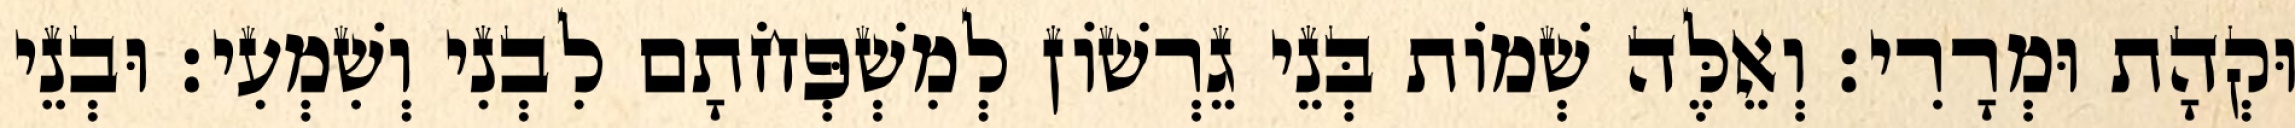
וּקְהָת וּמְרָרִי׃ וְאֵלֶּה שְׁמוֹת בְּנֵי גֵרְשׁוֹן לְמִשְׁפְּחֹתָם לִבְנִי וְשִׁמְעִי׃ וּבְנֵי